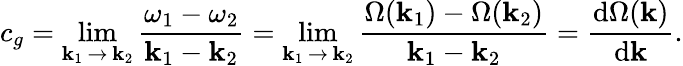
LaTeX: c_{g}=\operatorname*{lim}_{\mathbf{k}_{1}\, \to\, \mathbf{k}_{2}}{\frac{{\omega_{1}-\omega_{2}}}{{\mathbf{k}_{1}-\mathbf{k}_{2}}}}=\operatorname*{lim}_{\mathbf{k}_{1}\, \to\, \mathbf{k}_{2}}{\frac{{\Omega(\mathbf{k}_{1})-\Omega(\mathbf{k}_{2})}}{{\mathbf{k}_{1}-\mathbf{k}_{2}}}}={\frac{{{\mathrm{{d}}}\Omega(\mathbf{k})}}{{{\mathrm{{d}}}\mathbf{k}}}}.